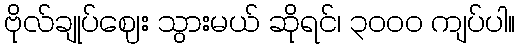
ဗိုလ်ချုပ်ဈေး သွားမယ် ဆိုရင်၊ ၃၀၀၀ ကျပ်ပါ။